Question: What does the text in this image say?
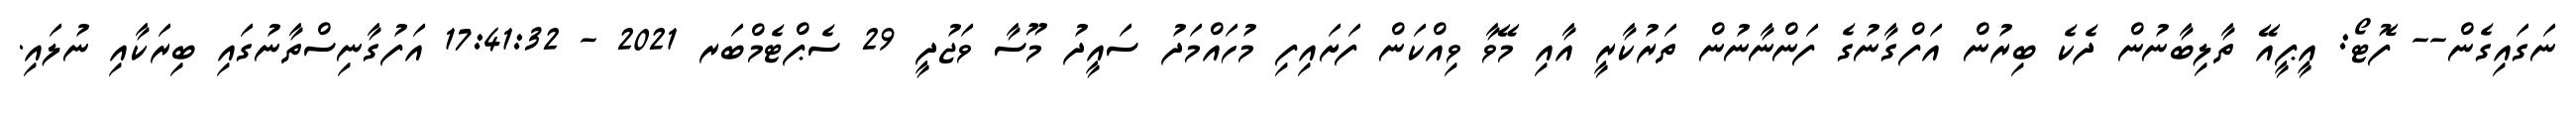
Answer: ނަގައިގެން-- ފޮޓޯ: އީޕީއޭ ތާލިބާނުން ދެކެ ބިރުން އަފްގާނުގެ ފަންނާނުން ތަރުކާރީ އާއި މޭވާ ވިއްކަން ފަށައިފި މުހައްމަދު ސައީދު މޫސާ ވަޖުދީ 29 ސެޕްޓެމްބަރ 2021 - 17:41:32 އަފުގާނިސްތާނުގައި ބިރަކާއި ނުލައި.